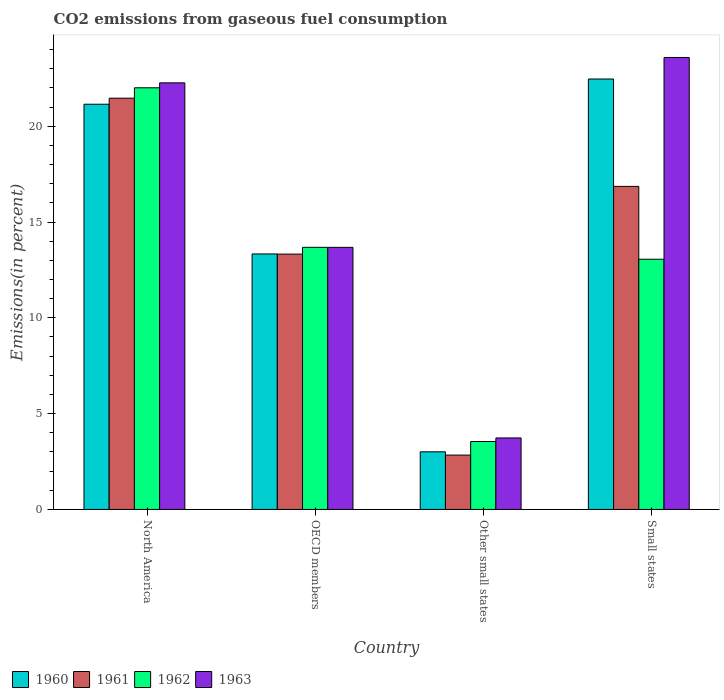
| Country | 1960 | 1961 | 1962 | 1963 |
 | --- | --- | --- | --- | --- |
 | North America | 21.1 | 21.5 | 22 | 22.3 |
 | OECD members | 13.3 | 13.3 | 13.7 | 13.7 |
 | Other small states | 3.01 | 2.84 | 3.55 | 3.73 |
 | Small states | 22.5 | 16.9 | 13.1 | 23.6 |